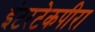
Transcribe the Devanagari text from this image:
इंटरटेकपीरा